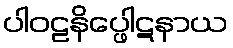
ပါဝဠနိပ္ဖေါဋနာယ